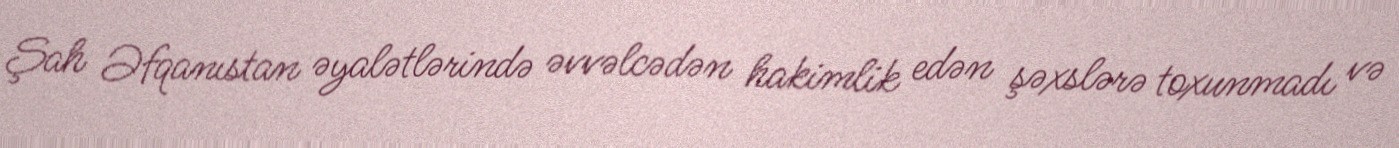
Şah Əfqanıstan əyalətlərində əvvəlcədən hakimlik edən şəxslərə toxunmadı və